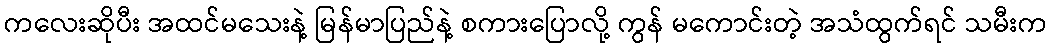
ကလေးဆိုပီး အထင်မသေးနဲ့ မြန်မာပြည်နဲ့ စကားပြောလို့ ကွန် မကောင်းတဲ့ အသံထွက်ရင် သမီးက